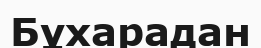
Бұхарадан